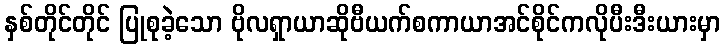
နှစ်တိုင်တိုင် ပြုစုခဲ့သော ဗိုလရှာယာဆိုဗီယက်စကာယာအင်စိုင်ကလိုပီးဒီးယားမှာ